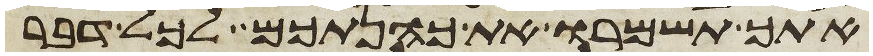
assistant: אתך תשמרו את כהנתכם לכל דבר